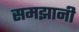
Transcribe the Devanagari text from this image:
समझानी